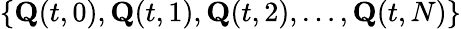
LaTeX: \{ \textbf{Q}(t,0),\textbf{Q}(t,1),\textbf{Q}(t,2),\dots,\textbf{Q}(t,N)\}